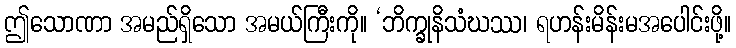
ဤသောဏာ အမည်ရှိသော အမယ်ကြီးကို။ ‘ဘိက္ခုနိသံဃဿ၊ ရဟန်းမိန်းမအပေါင်းဖို့။